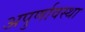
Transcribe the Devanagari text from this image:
अपुर्णावस्था